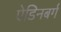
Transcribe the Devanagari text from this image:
ऐडिनबर्ग